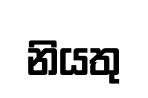
නියතු